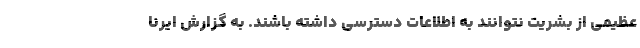
عظیمی از بشریت نتوانند به اطلاعات دسترسی داشته باشند. به گزارش ایرنا